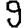
Digit: 9